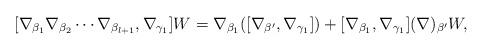
LaTeX: \begin{align*} [\nabla_{\beta_1}\nabla_{\beta_2}\cdots\nabla_{\beta_{l+1}}, \nabla_{\gamma_1}]W = \nabla_{\beta_1}([\nabla_{\beta^{\prime}}, \nabla_{\gamma_{1}}]) + [\nabla_{\beta_1}, \nabla_{\gamma_1}](\nabla)_{\beta^{\prime}}W,\end{align*}